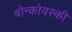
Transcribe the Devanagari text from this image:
बोन्कोवस्की